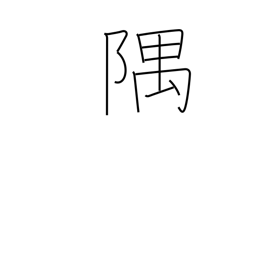
Meaning: corner